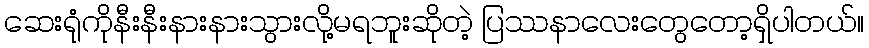
ဆေးရုံကိုနီးနီးနားနားသွားလို့မရဘူးဆိုတဲ့ ပြဿနာလေးတွေတော့ရှိပါတယ်။